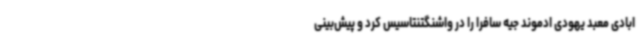
ابادی معبد یهودی ادموند جیه سافرا را در واشنگتنتاسیس کرد و پیش‌بینی